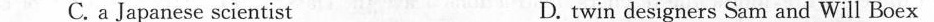
C.aJapanese scientist D. twin designers Sam and Will Boex